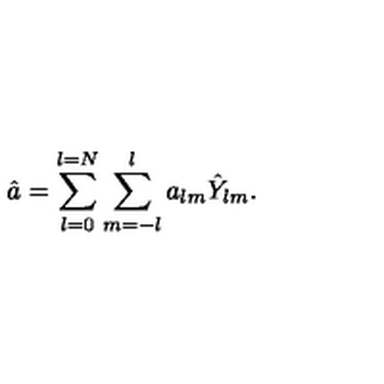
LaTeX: \hat { a } = \sum _ { l = 0 } ^ { l = N } \sum _ { m = - l } ^ { l } a _ { l m } \hat { Y } _ { l m } .